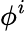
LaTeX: \phi^{i}